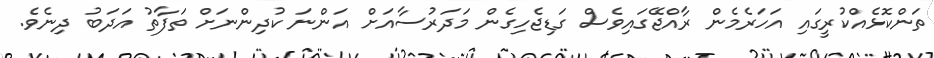
ތަންކޮޅެއްކުރީގައި އަހަރެމެން ރާއްޖޭގައިވެސް ގަޑިޖެހިގެން މަދަރުސާއަށް އަންނަ ކުދިންނަށް ތަފާތު އަދަބު ދިނެވެ.